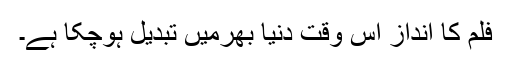
فلم کا انداز اس وقت دنیا بھرمیں تبدیل ہوچکا ہے۔